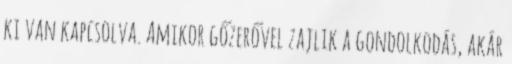
ki van kapcsolva. Amikor gőzerővel zajlik a gondolkodás, akár